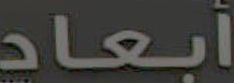
أبعاد